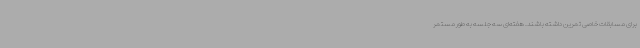
برای مسابقات خاصی تمرین داشته باشند. هفته‌ای سه جلسه به طور مستمر